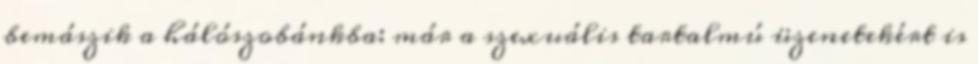
bemászik a hálószobánkba: már a szexuális tartalmú üzenetekért is